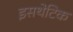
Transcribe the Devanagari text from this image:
इसथेटिक